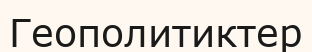
Геополитиктер